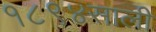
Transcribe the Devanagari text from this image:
१८९४साली